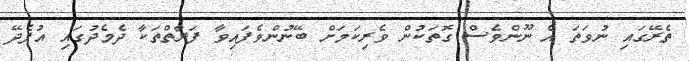
ތެރޭގައި ނުވަތަ އެ ނޫންވެސް ގޮތަކުން ވެރިކަމަށް ބޭނުންވެފައިވާ ފަރާތްތަކާ ދެމެދުގައި އުފެދޭ